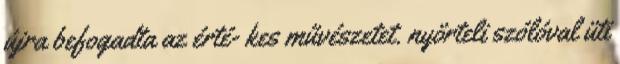
újra befogadta az érté- kes művészetet. nyörteli szólóval üti